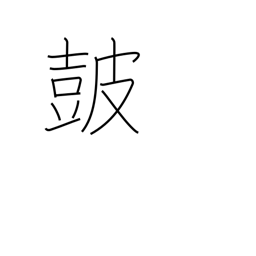
Meaning: drum